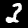
Digit: 3